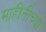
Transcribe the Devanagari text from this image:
माहीतीच्या